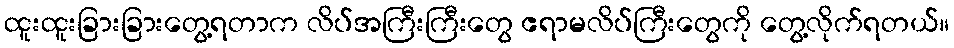
ထူးထူးခြားခြားတွေ့ရတာက လိပ်အကြီးကြီးတွေ ဧရာမလိပ်ကြီးတွေကို တွေ့လိုက်ရတယ်။